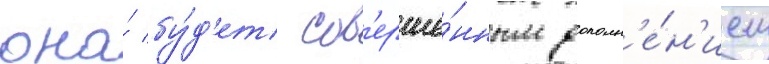
она́ бу́д'ет сов'ерше́нным дополн'е́н'ием